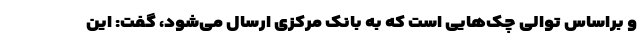
و براساس توالی چک‌هایی است که به بانک مرکزی ارسال می‌شود، گفت: این